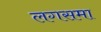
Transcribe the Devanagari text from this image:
लगसमा